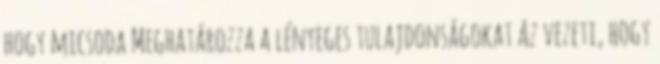
hogy micsoda Meghatározza a lényeges tulajdonságokat Az vezeti, hogy